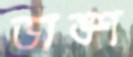
ডাঙ্শ